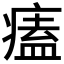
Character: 𤸱